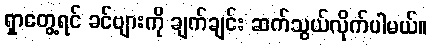
ရှာတွေ့ရင် ခင်ဗျားကို ချက်ချင်း ဆက်သွယ်လိုက်ပါမယ်။